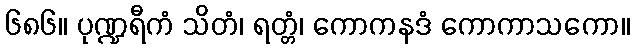
၆၈၆။ ပုဏ္ဍရီကံ သိတံ၊ ရတ္တံ၊ ကောကနဒံ ကောကာသကော။